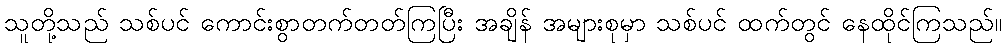
သူတို့သည် သစ်ပင် ကောင်းစွာတက်တတ်ကြပြီး အချိန် အများစုမှာ သစ်ပင် ထက်တွင် နေထိုင်ကြသည်။